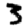
Digit: 3